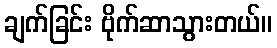
ချက်ခြင်း ဗိုက်ဆာသွားတယ်။